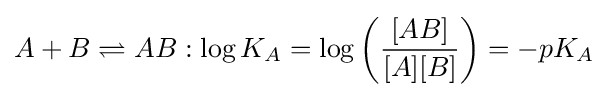
A+B\rightleftharpoons AB:\log K_{A}=\log \left({\frac {[AB]}{[A][B]}}\right)=-pK_{A}